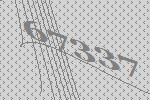
67337